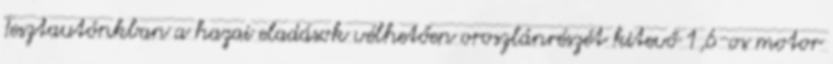
Tesztautónkban a hazai eladások vélhetően oroszlánrészét kitevő 1,6-os motor